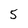
Character: 5